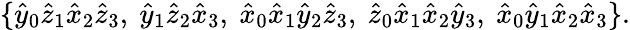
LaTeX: \{ {\hat{y}}_{0}{\hat{z}}_{1}{\hat{x}}_{2}{\hat{z}}_{3},\ {\hat{y}}_{1}{\hat{z}}_{2}{\hat{x}}_{3},\ {\hat{x}}_{0}{\hat{x}}_{1}{\hat{y}}_{2}{\hat{z}}_{3},\ {\hat{z}}_{0}{\hat{x}}_{1}{\hat{x}}_{2}{\hat{y}}_{3},\ {\hat{x}}_{0}{\hat{y}}_{1}{\hat{x}}_{2}{\hat{x}}_{3}\} .